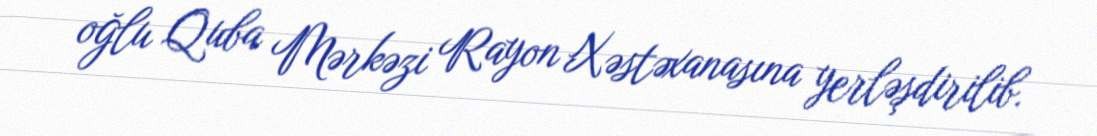
oğlu Quba Mərkəzi Rayon Xəstəxanasına yerləşdirilib.